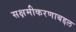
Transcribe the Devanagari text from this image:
सक्षमीकरणाबद्दल